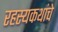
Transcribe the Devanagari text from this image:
रहस्यकथांचे